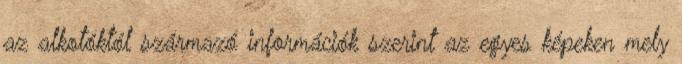
az alkotóktól származó információk szerint az egyes képeken mely